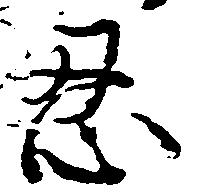
忍